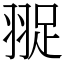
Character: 䎌